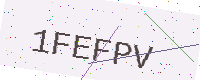
Text: 1FEFPV